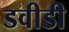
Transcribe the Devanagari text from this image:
डवीडी